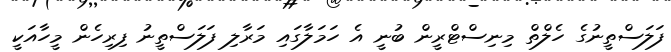
ފަލަސްތީނުގެ ހެލްތް މިނިސްޓްރީން ބުނީ އެ ހަމަލާގައި މަރާލި ފަލަސްތީނު ފިރިހެން މީހާއަކީ